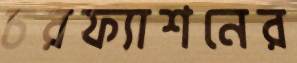
চরফ্যাশনের